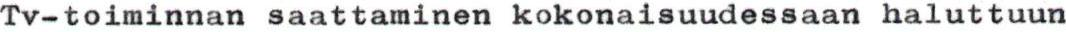
Tv-toiminnan saattaminen kokonaisuudessaan haluttuun